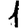
Digit: 1